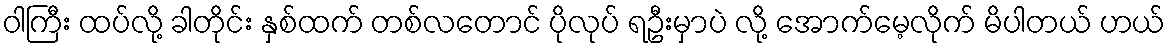
ဝါကြီး ထပ်လို့ ခါတိုင်း နှစ်ထက် တစ်လတောင် ပိုလုပ် ရဦးမှာပဲ လို့ အောက်မေ့လိုက် မိပါတယ် ဟယ်